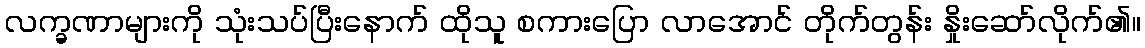
လက္ခဏာများကို သုံးသပ်ပြီးနောက် ထိုသူ စကားပြော လာအောင် တိုက်တွန်း နှိုးဆော်လိုက်၏။